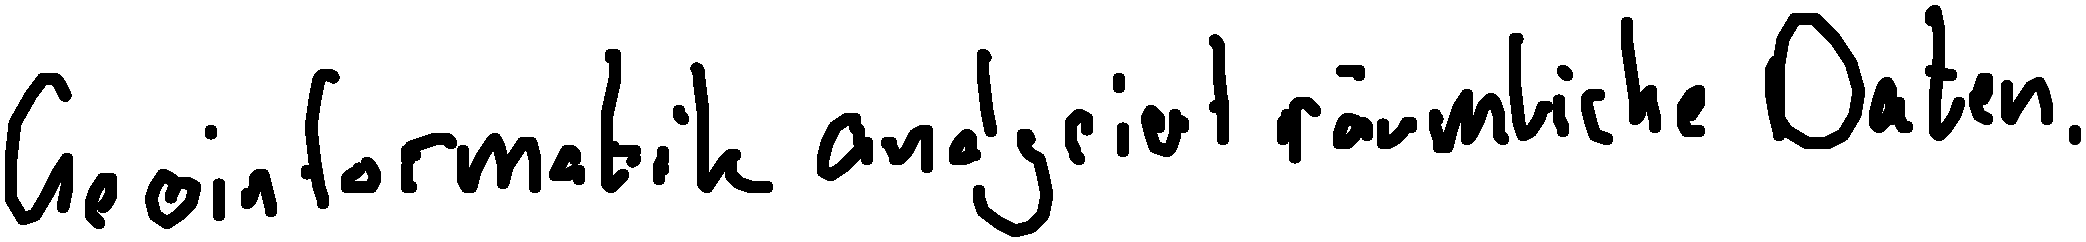
Geoinformatik analysiert räumliche Daten.